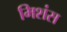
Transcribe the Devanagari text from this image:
मिशंस